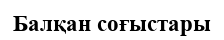
Балқан соғыстары